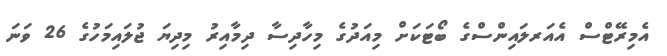
އެމިރޭޓްސް އެއަރލައިންސްގެ ބޯޓަކަށް މިއަދުގެ މިހާދިސާ ދިމާއިރު މިދިޔަ ޖުލައިމަހުގެ 26 ވަނަ